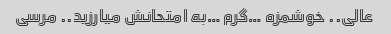
عالی.. خوشمزه …گرم …به امتحانش میارزید.. مرسی